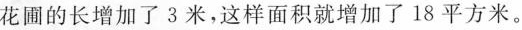
花圃的长增加了3米，这样面积就增加了18平方米。